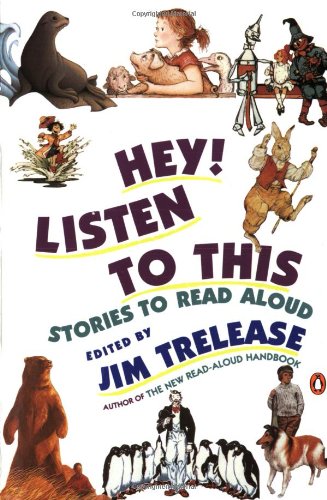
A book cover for Hey! Listen to This: Stories to Read Aloud; Children's Books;